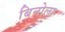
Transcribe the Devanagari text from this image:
बिनोला